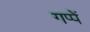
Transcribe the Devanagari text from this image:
गप्पें